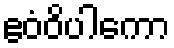
ဧဝံဝိပါကော